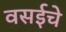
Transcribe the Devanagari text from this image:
वसईचे